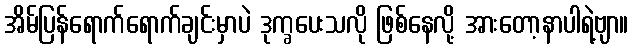
အိမ်ပြန်ရောက်ရောက်ချင်းမှာပဲ ဒုက္ခပေးသလို ဖြစ်နေလို့ အားတော့နာပါရဲ့ဗျာ။